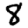
Digit: 8